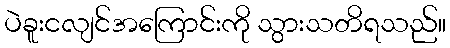
ပဲခူးငလျင်အကြောင်းကို သွားသတိရသည်။